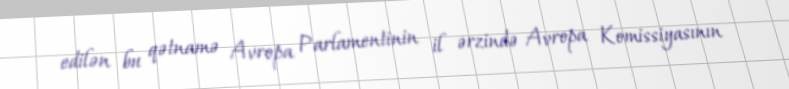
edilən bu qətnamə Avropa Parlamentinin il ərzində Avropa Komissiyasının